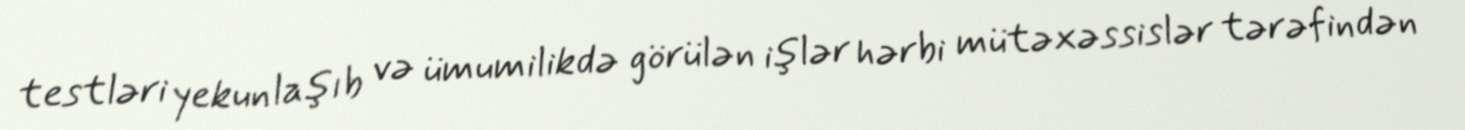
testləri yekunlaşıb və ümumilikdə görülən işlər hərbi mütəxəssislər tərəfindən